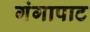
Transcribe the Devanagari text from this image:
गंगापाट